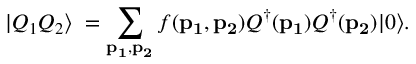
| Q _ { 1 } Q _ { 2 } \rangle \; = \sum _ { { \bf p _ { 1 } } , { \bf p _ { 2 } } } f ( { \bf p _ { 1 } } , { \bf p _ { 2 } } ) Q ^ { \dagger } ( { \bf p _ { 1 } } ) Q ^ { \dagger } ( { \bf p _ { 2 } } ) | 0 \rangle .